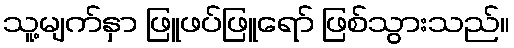
သူ့မျက်နှာ ဖြူဖပ်ဖြူရော် ဖြစ်သွားသည်။